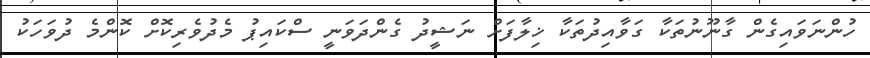
ހުންނަވައިގެން ގާނޫނުތަކާ ގަވާއިދުތަކާ ޚިލާފަށް ނަޝީދު ގެންދަވަނީ ސްކައިޕު މެދުވެރިކޮށް ކޮންމެ ދުވަހަކު